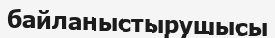
байланыстырушысы